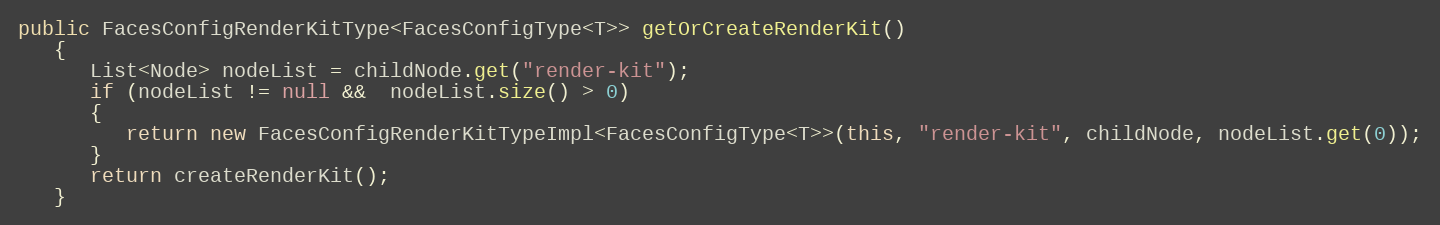
Language: Java
public FacesConfigRenderKitType<FacesConfigType<T>> getOrCreateRenderKit()
   {
      List<Node> nodeList = childNode.get("render-kit");
      if (nodeList != null &&  nodeList.size() > 0)
      {
         return new FacesConfigRenderKitTypeImpl<FacesConfigType<T>>(this, "render-kit", childNode, nodeList.get(0));
      }
      return createRenderKit();
   }